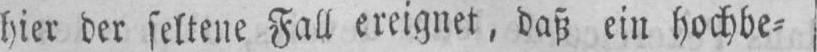
hier der seltene Fall ereignet, daß ein hochbe⸗